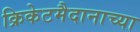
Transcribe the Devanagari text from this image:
क्रिकेटमैदानाच्या